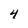
Character: 4